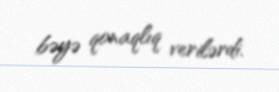
bəyə qonaqlıq verilərdi.